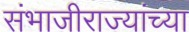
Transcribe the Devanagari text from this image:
संभाजीराज्यांच्या